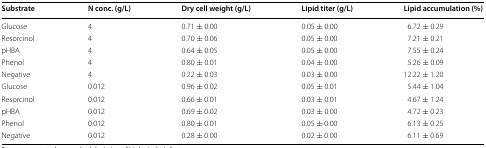
<table><thead><tr><td><b>Substrate</b></td><td><b>N conc. (g/L)</b></td><td><b>Dry cell weight (g/L)</b></td><td><b>Lipid titer (g/L)</b></td><td><b>Lipid accumulation (%)</b></td></tr></thead><tbody><tr><td>Glucose</td><td>4</td><td>0.71 ± 0.00</td><td>0.05 ± 0.00</td><td>6.72 ± 0.29</td></tr><tr><td>Resorcinol</td><td>4</td><td>0.70 ± 0.06</td><td>0.05 ± 0.00</td><td>7.21 ± 0.21</td></tr><tr><td>pHBA</td><td>4</td><td>0.64 ± 0.05</td><td>0.05 ± 0.00</td><td>7.55 ± 0.24</td></tr><tr><td>Phenol</td><td>4</td><td>0.80 ± 0.01</td><td>0.04 ± 0.00</td><td>5.26 ± 0.09</td></tr><tr><td>Negative</td><td>4</td><td>0.22 ± 0.03</td><td>0.03 ± 0.00</td><td>12.22 ± 1.20</td></tr><tr><td>Glucose</td><td>0.012</td><td>0.96 ± 0.02</td><td>0.05 ± 0.01</td><td>5.44 ± 1.04</td></tr><tr><td>Resorcinol</td><td>0.012</td><td>0.66 ± 0.01</td><td>0.03 ± 0.01</td><td>4.67 ± 1.24</td></tr><tr><td>pHBA</td><td>0.012</td><td>0.69 ± 0.02</td><td>0.03 ± 0.00</td><td>4.72 ± 0.23</td></tr><tr><td>Phenol</td><td>0.012</td><td>0.80 ± 0.01</td><td>0.05 ± 0.00</td><td>6.13 ± 0.25</td></tr><tr><td>Negative</td><td>0.012</td><td>0.28 ± 0.00</td><td>0.02 ± 0.00</td><td>6.11 ± 0.69</td></tr></tbody></table>